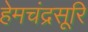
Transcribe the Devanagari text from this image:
हेमचंद्रसूरि